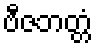
ဗီဇဘတ္တံ